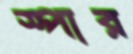
স্পার